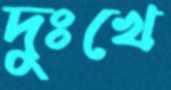
দুঃখে